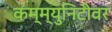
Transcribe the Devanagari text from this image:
कम्म्युनिटीवर